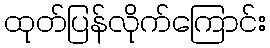
ထုတ်ပြန်လိုက်ကြောင်း